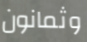
وثمانون